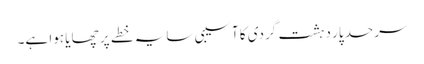
سرحد پار دہشت گردی کا آسیبی سایہ خطے پر چھایا ہوا ہے۔